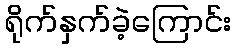
ရိုက်နှက်ခဲ့ကြောင်း